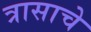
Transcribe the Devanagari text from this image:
त्रासाचे